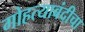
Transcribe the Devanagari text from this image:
गोहत्याबंदीचा